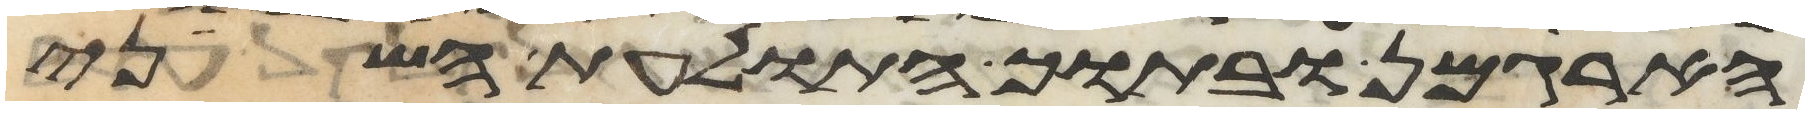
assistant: הארגמן ובתוך התולעת השני